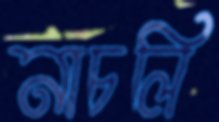
নাচলি